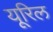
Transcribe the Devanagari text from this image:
यूरिल